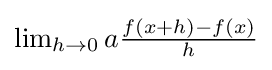
{\textstyle \lim _{h\rightarrow 0}a{\frac {f(x+h)-f(x)}{h}}}